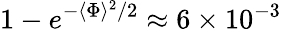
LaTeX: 1-e^{-\langle\Phi\rangle^{2}/2}\approx 6\times 10^{-3}